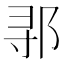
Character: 𬩽